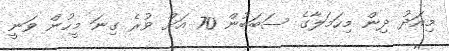
މިއަދު ދިން މިހަމަލާގެ ސަބަބުން 70 އަށް ވުރެ ގިނަ މީހުން ވަނީ